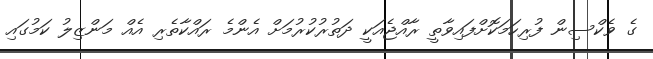
ގެ ވެކްސިން ފުރިހަމަކޮށްފައިވާތީ ރާއްޖެއަކީ ދަތުރުކުރުމަށް އެންމެ ރައްކާތެރި އެއް މަންޒިލު ކަމުގައި